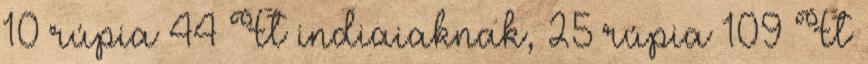
10 rúpia 44 Ft indiaiaknak, 25 rúpia 109 Ft